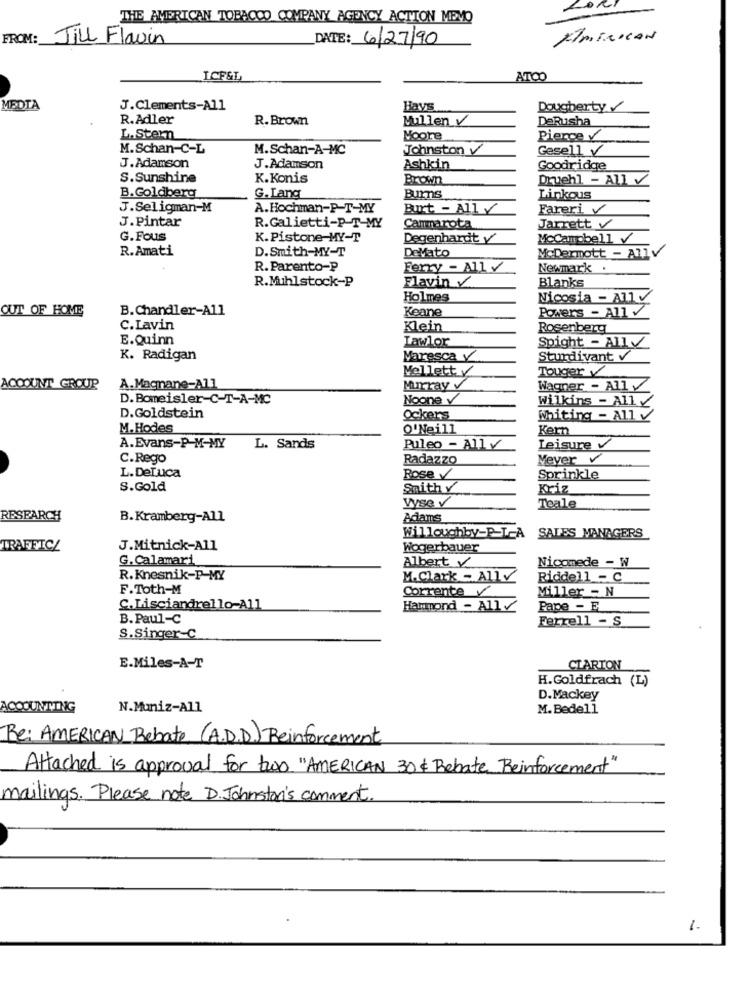
LOR
THE AMERICAN TOBACCO COMPANY AGENCY ACTION MEMO
FROM:
Jill Flavin
DATE: 6/27/90
ICF&L
ATOO
MEDIA
J.Clements-All
Hays
Dougherty
R.Adler
R. Brown
Mullen V
DeRusha
L. Stern
Moore
Pierce
M.Schan-C-L
M.Schan-A-MC
Johnston v
Gesell
J.Adamson
J.Adamson
Ashkin
Goodridge
S.Sunshine
K.Konis
Brown
Druchl - All
B.Goldberg
G. Lang
Burns
Linkous
J.Seligman-M
A.Hochman-P-T-MY
Burt - All y
Fareri
J.Pintar
R.Galietti-P-T-MY
Cammarota
Jarrett
G. Fous
K.Pistone-MY-T
Degenhardt y
McCampbell
R.Amati
D.Smith-MY-T
DeMato
McDermott - AllV
R. Parento-P
Ferry - All v
Newmark .
Flavin
Blanks
R.Mihlstock-P
Holmes
Nicosia - All V
OUT OF HOME
B.Chandler-All
Keane
Powers - All V
C.Lavin
Klein
Rosenberg
E.Quinn
Lawlor
Spight - Ally
K. Radigan
Maresca V
Sturdivant
Mellett
Touger
ACCOUNT GROUP
A.Magnane-All
Murray v
Wagner - All
D. Bomeisler-C-T-A-MC
Noone v
Wilkins - Ally
D.Goldstein
Ockers
Whiting - All v
M. Hodes
O'Neill
Kern
A.Evans-P-M-MY
L. Sands
Puleo - Ally
Leisure
C.Rego
Radazzo
Meyer v
L. DeLuca
Rose
Sprinkle
S.Gold
Smith y
Kriz_
Wse V
Teale
RESEARCH
B. Kramberg-All
Adams
Willoughby-P-L-A
SALES MANAGERS
TRAFFIC/
J.Mitnick-All
Wogerbauer
G. Calamari
Albert Y
Nicomede - W
R.Knesnik-P-MY
M.Clark - Ally
Riddell _- C
F.Toth-M
Corrente
Miller - N
C.Lisciandrello-All
Hammond - All_
Pape - E
B. Paul-C
Ferrell - S
S.Singer-C
E.Miles-A-T
CIARTON
H.Goldfrach (L)
D.Mackey
ACCOUNTING
N.Muniz-All
M.Bedell
Re: AMERICAN Rebate (A.D.D.) Reinforcement
Attached is approval for two "AMERICAN 30 Rebate Reinforcement"
mailings. Please note D. Johnston's comment.
1.